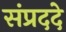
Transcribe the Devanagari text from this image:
संप्रददे